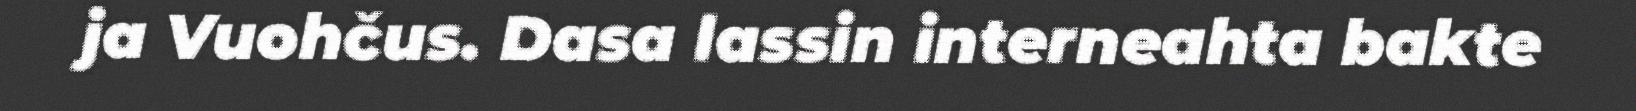
ja Vuohčus. Dasa lassin interneahta bakte